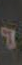
: